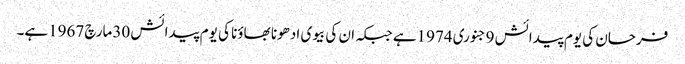
فرحان کی یوم پیدائش 9جنوری 1974ہے جبکہ ان کی بیوی ادھونا بھاؤنا کی یوم پیدائش 30مارچ 1967ہے۔